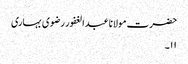
حضرت مولانا عبدالغفور رضوی بہاری
۱۱۔